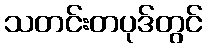
သတင်းတပုဒ်တွင်